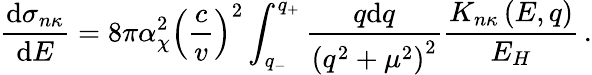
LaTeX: \frac{\mathrm{d}\sigma_{n\kappa}}{\mathrm{d}E}=8\pi\alpha_{\chi}^{2}\left(\frac{c}{v}\right)^{2}\int_{q_{-}}^{q_{+}}\frac{q\mathrm{d}q}{\left(q^{2}+\mu^{2}\right)^{2}}\frac{K_{n\kappa}\left(E,q\right)}{E_{H}}\, .